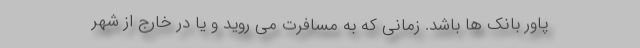
پاور بانک ها باشد. زمانی که به مسافرت می روید و یا در خارج از شهر